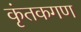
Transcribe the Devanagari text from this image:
कृंतकगण